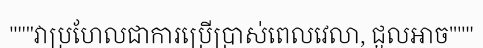
"""វាប្រហែលជាការប្រើប្រាស់ពេលវេលា, ជួលអាច"""